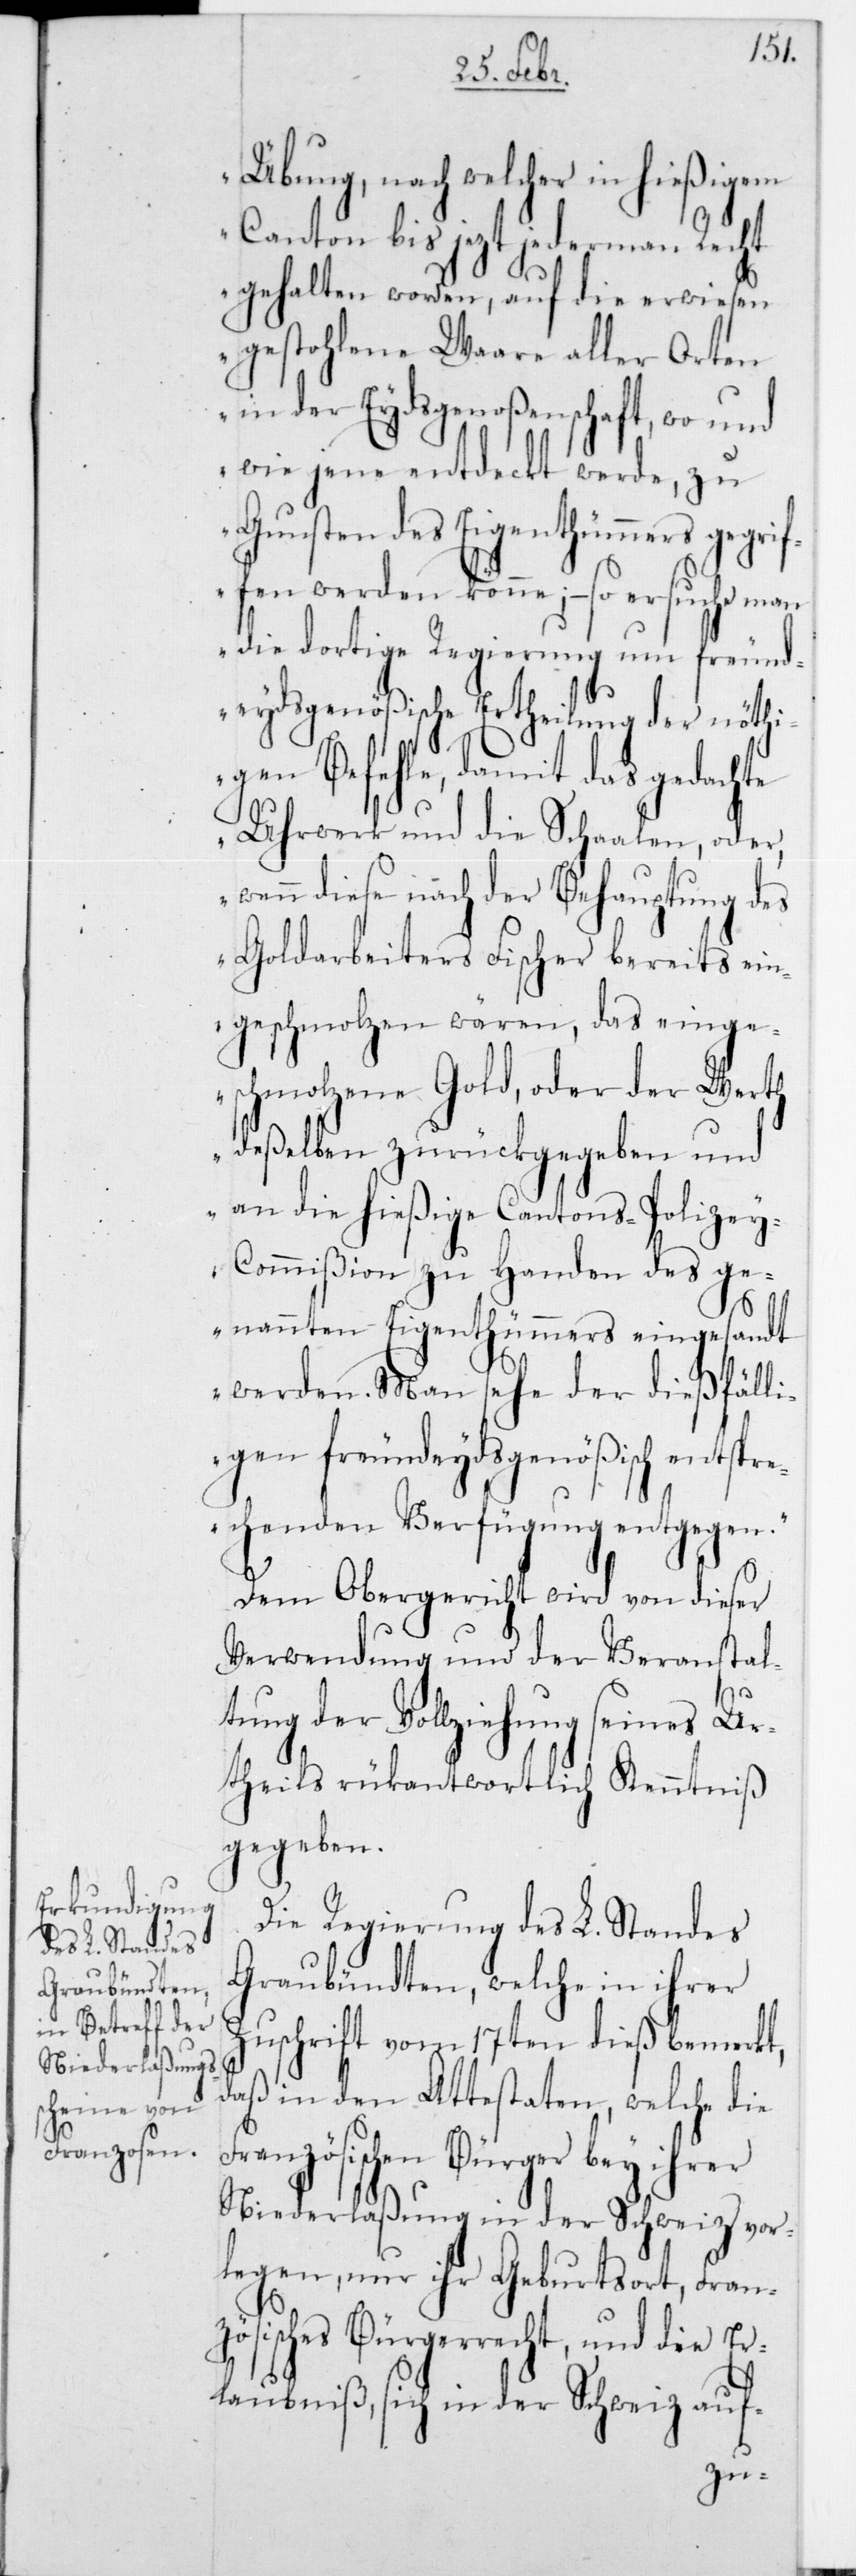
Übung, nach welcher in hießigem
Canton bis jetzt jedermann Recht
gehalten worden, auf die erwiesen
gestohlene Waare aller Orten
in der Eydsgenoßenschaft, wo und
wie jene entdeckt werde, zu
Gunsten des Eigenthümers gegrif¬
fen werden könne; – so ersuche m¬
an dortige Regierung um freund¬
eydsgenößische Ertheilung der nöthi¬
gen Befehle, damit das gedachte
Uhrwerk und die Schaalen, oder,
wenn diese nach der Behauptung des
Goldabeiters Fischer bereits ein¬
geschmolzen wären, das einge¬
schmolzene Gold, oder der Werth
deßelben zurückgegeben und
an die hießige Cantons-Polize¬
y-Commißion zu Handen des ge¬
nannten Eigenthümers eingesandt
werden. Man sehe der dießfälli¬
gen freundeydsgenößisch entspre¬
chenden Verfügung entgegen“.
Dem Obergericht wird von dieser
Verwendung und der Veranstal¬
tung der Vollziehung seines Ur¬
theils rückantwortlich Kenntniß
gegeben.
Die Regierung des L. Standes
Graubündten, welche in ihrer
Zuschrift vom 17ten dieß bemerkt,
daß in den Attestaten, welche die
Französischen Bürger bei ihrer
Niederlaßung in der Schweiz vor¬
legen, nur ihr Geburtsort, Fran¬
zösisches Bürgerrecht, und die Er¬
laubniß, sich in der Schweiz auf-